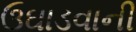
ઉઘાડવાની